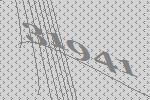
31941